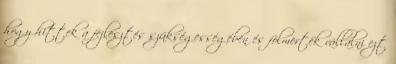
hogy hittek a fejlesztés szükségességében és fölmerték vállalni ezt